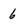
Character: 6